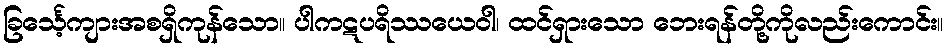
ခြင်္သေ့ကျားအစရှိကုန်သော။ ပါကဋပရိဿယေဝါ၊ ထင်ရှားသော ဘေးရန်တို့ကိုလည်းကောင်း။